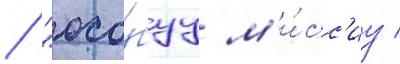
/ "осо́буу м'и́сс'иу /